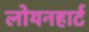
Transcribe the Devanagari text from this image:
लोयनहार्ट